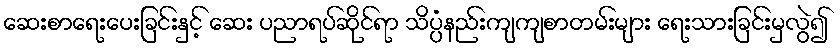
ဆေးစာရေးပေးခြင်းနှင့် ဆေး ပညာရပ်ဆိုင်ရာ သိပ္ပံနည်းကျကျစာတမ်းများ ရေးသားခြင်းမှလွဲ၍